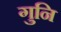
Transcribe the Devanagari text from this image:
गुनि